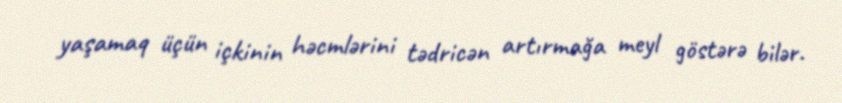
yaşamaq üçün içkinin həcmlərini tədricən artırmağa meyl göstərə bilər.